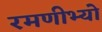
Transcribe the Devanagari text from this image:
रमणीभ्यो